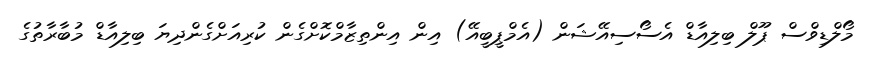
މޯލްޑިވްސް ޕޫލް ބިލިއާޑް އެސޯސިއޭޝަން (އެމްޕީބީއޭ) އިން އިންތިޒާމްކޮށްގެން ކުރިއަށްގެންދިޔަ ބިލިއާޑް މުބާރާތުގެ